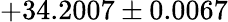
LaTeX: +34.2007\pm 0.0067